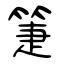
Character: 箑